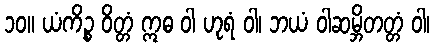
၁၀။ ယံကိဉ္စ ဝိတ္တံ ဣဓ ဝါ ဟုရံ ဝါ၊ ဘယံ ဝါဆမ္ဘိတတ္တံ ဝါ၊